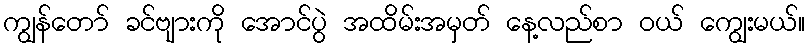
ကျွန်တော် ခင်ဗျားကို အောင်ပွဲ အထိမ်းအမှတ် နေ့လည်စာ ဝယ် ကျွေးမယ်။